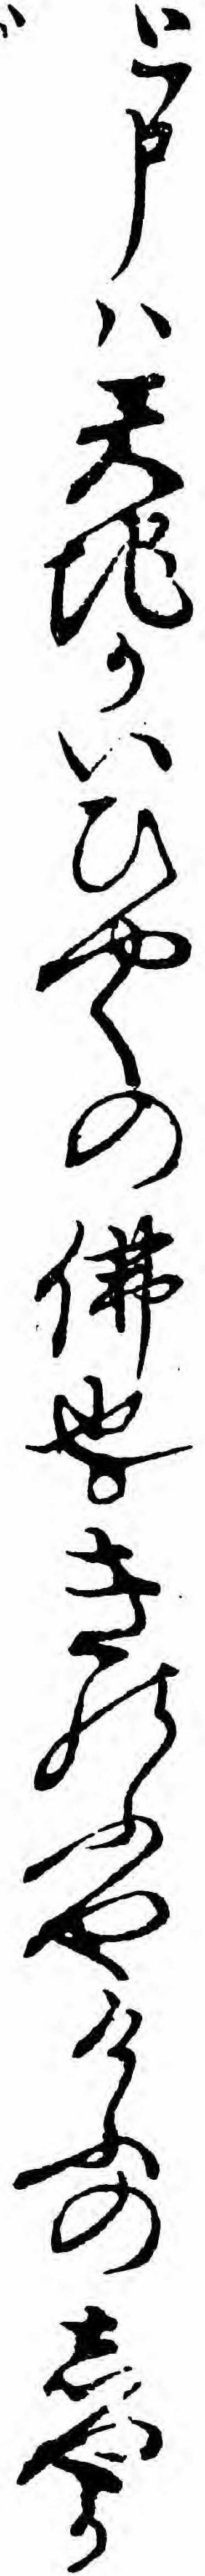
と申ハ天地かいひやくの仏也きのふやけふのしやか